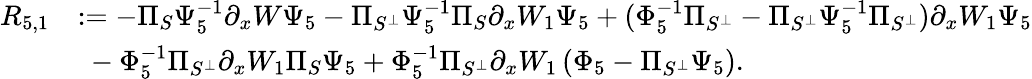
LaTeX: \begin{array}{rl}{R_{5,1}}&{:=-\Pi_{S}\Psi_{5}^{-1}\partial_{x}W\Psi_{5}-\Pi_{S^{\perp}}\Psi_{5}^{-1}\Pi_{S}\partial_{x}W_{1}\Psi_{5}+(\Phi_{5}^{-1}\Pi_{S^{\perp}}-\Pi_{S^{\perp}}\Psi_{5}^{-1}\Pi_{S^{\perp}})\partial_{x}W_{1}\Psi_{5}}\\ &{\ -\Phi_{5}^{-1}\Pi_{S^{\perp}}\partial_{x}W_{1}\Pi_{S}\Psi_{5}+\Phi_{5}^{-1}\Pi_{S^{\perp}}\partial_{x}W_{1}\left(\Phi_{5}-\Pi_{S^{\perp}}\Psi_{5}\right).}\end{array}